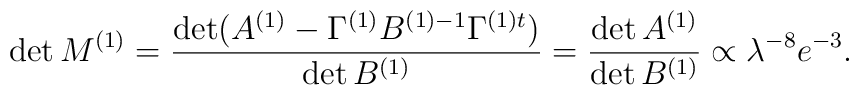
\det M^{(1)}=\frac{\det (A^{(1)}-\Gamma^{(1)}B^{(1)-1}\Gamma^{(1)t})}{\det B^{(1)}}= \frac{\det A^{(1)}}{\det B^{(1)}}\propto\lambda^{-8}e^{-3}.